Indian Civil Veterinary Department memoirs
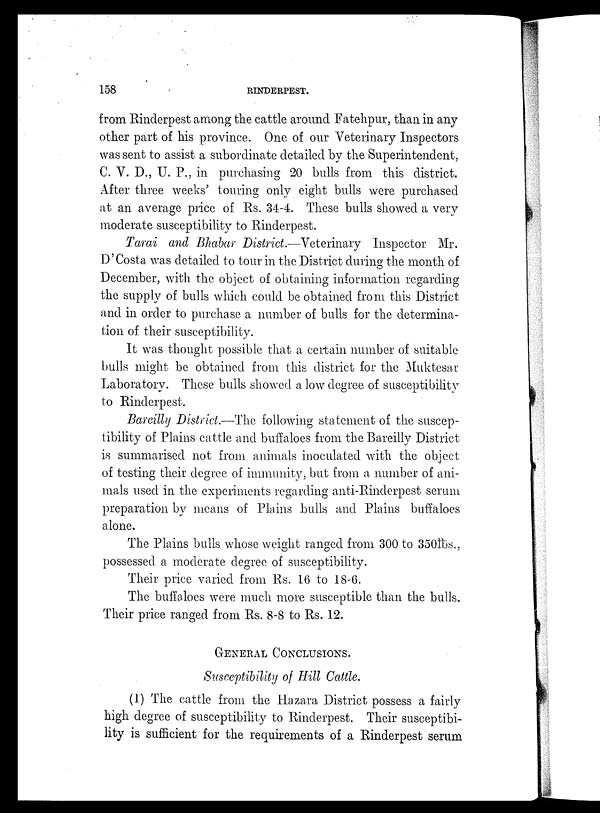
158
RINDERPEST.
from Rinderpest among the cattle around Fatehpur, than in any
other part of his province. One of our Veterinary Inspectors
was sent to assist a subordinate detailed by the Superintendent,
C. V. D., U. P., in purchasing 20 bulls from this district.
After three weeks' touring only eight bulls were purchased
at an average price of Rs. 34-4. These bulls showed a very
moderate susceptibility to Rinderpest.
Tarai and Bhabar District.—Veterinary Inspector Mr.
D'Costa was detailed to tour in the District during the month of
December, with the object of obtaining information regarding
the supply of bulls which could be obtained from this District
and in order to purchase a number of bulls for the determina-
tion of their susceptibility.
It was thought possible that a certain number of suitable
bulls might be obtained from this district for the Muktesar
Laboratory. These bulls showed a low degree of susceptibility
to Rinderpest.
Bareilly District.—The following statement of the suscep-
tibility of Plains cattle and buffaloes from the Bareilly District
is summarised not from animals inoculated with the object
of testing their degree of immunity, but from a number of ani-
mals used in the experiments regarding anti-Rinderpest serum
preparation by means of Plains bulls and Plains buffaloes
alone.
The Plains bulls whose weight ranged from 300 to 350lbs.,
possessed a moderate degree of susceptibility.
Their price varied from Rs. 16 to 18-6.
The buffaloes were much more susceptible than the bulls.
Their price ranged from Rs. 8-8 to Rs. 12.
GENERAL CONCLUSIONS.
Susceptibility of Hill Cattle.
(1) The cattle from the Hazara District possess a fairly
high degree of susceptibility to Rinderpest. Their susceptibi-
lity is sufficient for the requirements of a Rinderpest serum